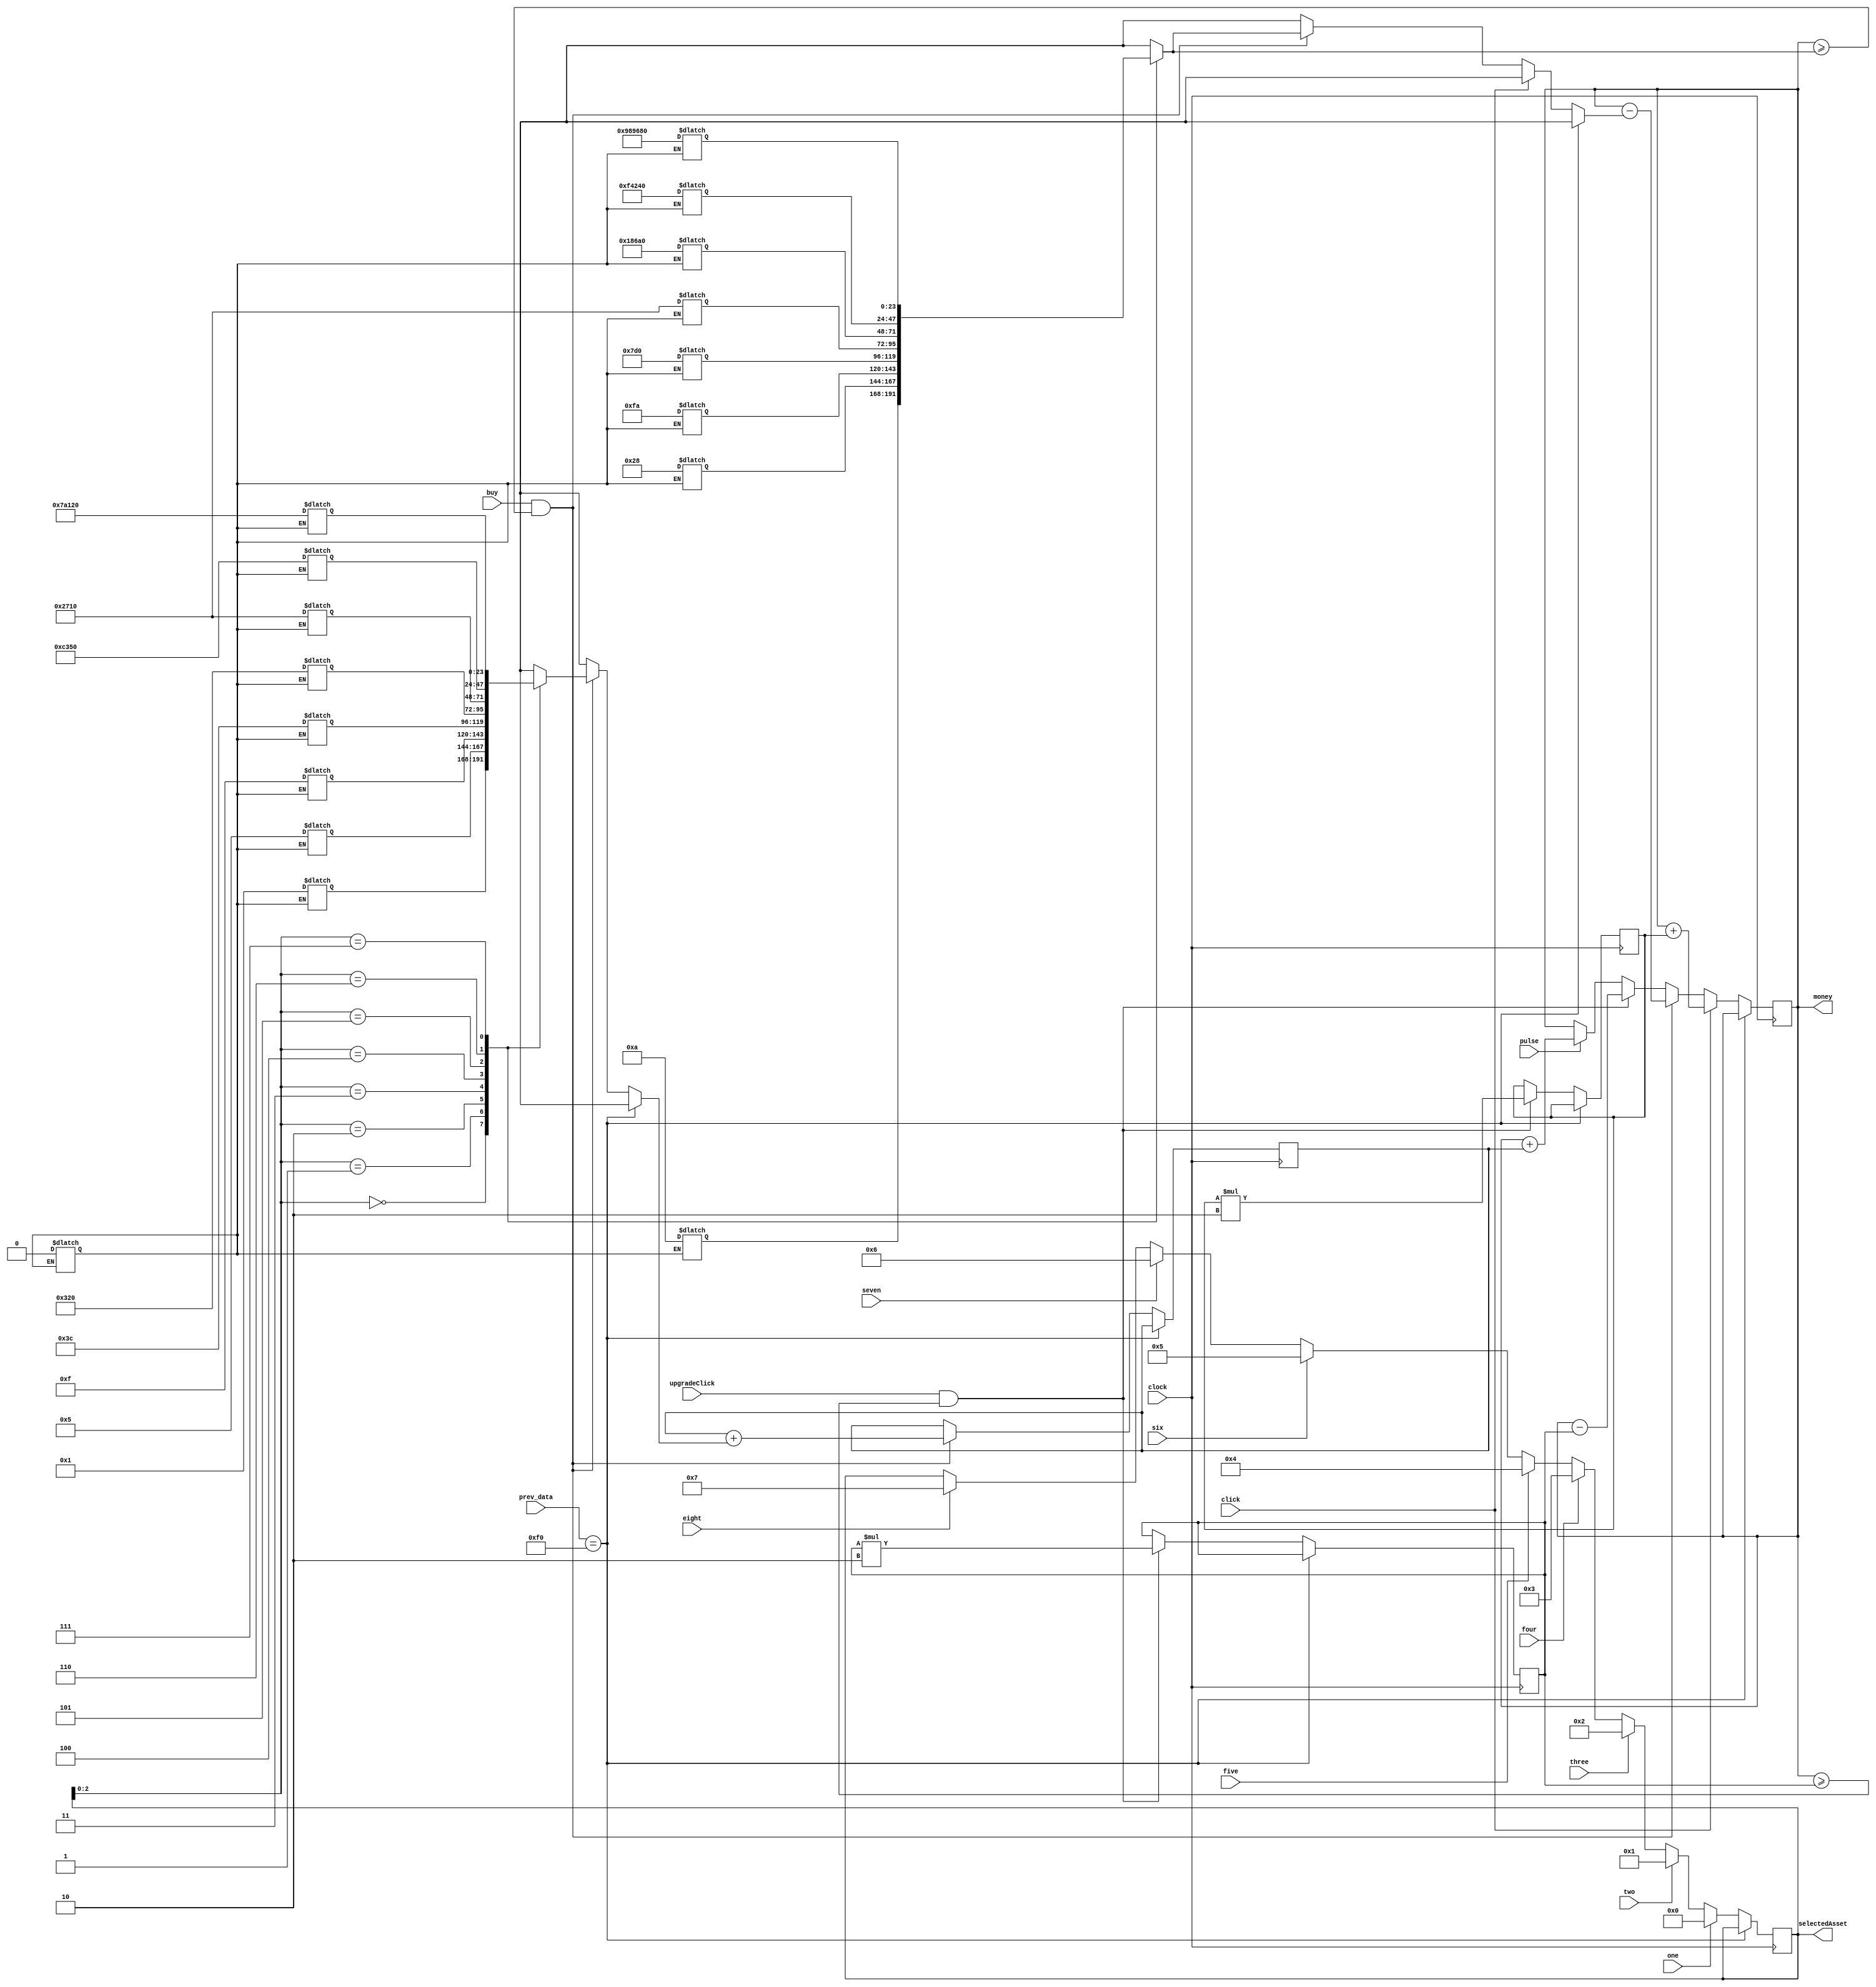
`timescale 1ns / 1ns

module logicDatapath(clock, pulse, money, prev_data, selectedAsset, click, buy, upgradeClick, one, two, three, four, five, six, seven, eight);

	input clock, pulse, click, buy, upgradeClick, one, two, three, four, five, six, seven, eight;
	input[7:0] prev_data;
	output reg [39:0] money = 10;
	
	localparam ONE = 0, TWO = 1, THREE = 2, FOUR = 3, FIVE = 4, SIX = 5, SEVEN = 6, EIGHT = 7, BREAK = 'hF0;
	
	output reg [7:0] selectedAsset = ONE;
	reg[29:0] rate = 0; 
	reg[29:0] clickRate = 1;
	reg[29:0] clickRateCost = 10;
	reg[23:0] assetCost[7:0];
	reg[23:0] assetRates[7:0];
	reg reset = 1;
	
	wire enoughMoney = (money>= assetCost[selectedAsset]);
	wire enoughMoneyClick = (money >= clickRateCost);
	
	always@(*)begin
	
		if(reset)begin
			assetCost[ONE] = 10;
			assetCost[TWO] = 40;
			assetCost[THREE] = 250;
			assetCost[FOUR] = 2000;
			assetCost[FIVE] = 10000;
			assetCost[SIX] = 100000;
			assetCost[SEVEN] = 1000000;
			assetCost[EIGHT] = 10000000;
			
			assetRates[ONE] = 1;
			assetRates[TWO] = 5;
			assetRates[THREE] = 15;
			assetRates[FOUR] = 60;
			assetRates[FIVE] = 800;
			assetRates[SIX] = 10000;
			assetRates[SEVEN] = 50000;
			assetRates[EIGHT] = 500000;
			
			reset = 0;
		end
	
	end
	always@(posedge clock)begin
	
		if(prev_data == BREAK)
			selectedAsset <= selectedAsset;
		else if(one)
			selectedAsset <= ONE;
		else if(two)
			selectedAsset <= TWO;
		else if(three)
			selectedAsset <= THREE;
		else if(four)
			selectedAsset <= FOUR;
		else if(five)
			selectedAsset <= FIVE;
		else if(six)
			selectedAsset <= SIX;
		else if(seven)
			selectedAsset <= SEVEN;
		else if(eight)
			selectedAsset <= EIGHT;
		else 
			selectedAsset <= selectedAsset;
	
	end
	
	always@(posedge clock)begin
	
		if(prev_data == BREAK)
			money <= money;
		else if(click)
			money <= money + clickRate;
		else if(buy && enoughMoney)
			money <= money - assetCost[selectedAsset];
		else if(upgradeClick && enoughMoneyClick)
			money <= money - clickRateCost;
		else if(pulse)
			money <= money + rate;
		else
			money <= money;
	end
	
	always@(posedge clock)begin
	
		if(prev_data == BREAK)
			rate <= rate;
		else if(buy && enoughMoney)
			rate <= rate + assetRates[selectedAsset];
		else
			rate <= rate;
	end
	
	always@(posedge clock)begin
	
		if(prev_data == BREAK)begin
			clickRate <= clickRate;
			clickRateCost <= clickRateCost;
		end
		else if(upgradeClick && enoughMoneyClick)begin
			clickRate <= clickRate * 2;
			clickRateCost <= clickRateCost * 2;
		end
		else begin 
			clickRate <= clickRate;
			clickRateCost <= clickRateCost;
		end
	end
	

endmodule